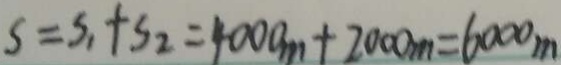
S = S _ { 1 } + S _ { 2 } = 4 0 0 0 _ { m } + 2 0 0 0 m = 6 0 0 0 m